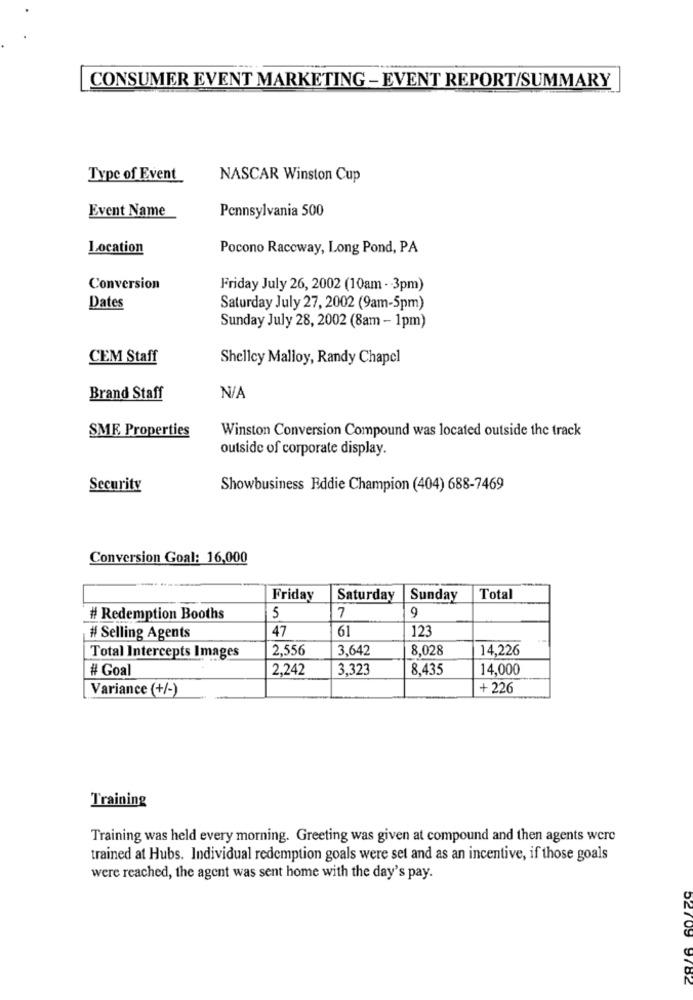
CONSUMER EVENT MARKETING - EVENT REPORT/SUMMARY
Type of Event
NASCAR Winston Cup
Event Name
Pennsylvania 500
Location
Pocono Raceway, Long Pond, PA
Conversion
Friday July 26, 2002 (10am - 3pm)
Dates
Saturday July 27, 2002 (9am-5pm)
Sunday July 28, 2002 (8am - 1pm)
CEM Staff
Shelley Malloy, Randy Chapel
Brand Staff
Winston Conversion Compound was located outside the track
SME Properties
outside of corporate display.
Security
Showbusiness Eddie Champion (404) 688-7469
Conversion Goal: 16,000
Friday
Saturday
Sunday
Total
# Redemption Booths
5
7
9
47
61
123
# Selling Agents
2,556
3,642
8,028
14,226
Total Intercepts Images
# Goal
2,242
3,323
8,435
14,000
Variance (+/-)
+ 226
Training
Training was held every morning. Greeting was given at compound and then agents were
trained at Hubs. Individual redemption goals were set and as an incentive, if those goals
were reached, the agent was sent home with the day's pay.
52709 9782